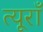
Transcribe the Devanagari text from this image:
त्यूराँ